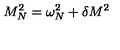
M _ { N } ^ { 2 } = \omega _ { N } ^ { 2 } + \delta M ^ { 2 }